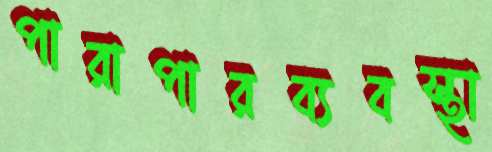
পারাপারব্যবস্থা